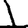
Digit: 1